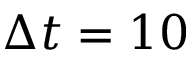
\Delta t = 1 0